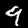
Digit: 9